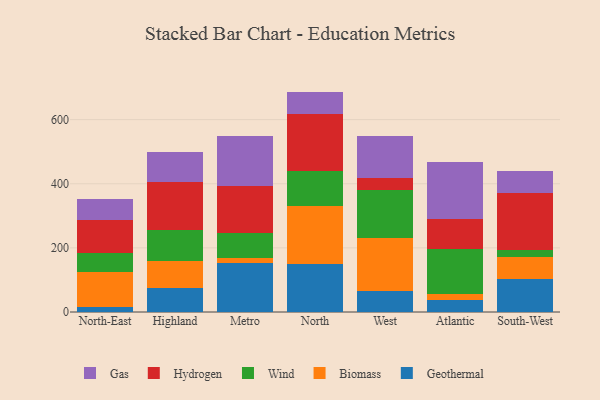
{"axis": {"x": "Region", "y": "Shipments"}, "legend": ["Biomass", "Gas", "Geothermal", "Hydrogen", "Wind"], "data": [{"x": "North-East", "y": 15.2, "type": "Geothermal"}, {"x": "North-East", "y": 110.0, "type": "Biomass"}, {"x": "North-East", "y": 57.6, "type": "Wind"}, {"x": "North-East", "y": 104.4, "type": "Hydrogen"}, {"x": "North-East", "y": 65.2, "type": "Gas"}, {"x": "Highland", "y": 74.3, "type": "Geothermal"}, {"x": "Highland", "y": 84.2, "type": "Biomass"}, {"x": "Highland", "y": 97.8, "type": "Wind"}, {"x": "Highland", "y": 149.6, "type": "Hydrogen"}, {"x": "Highland", "y": 94.3, "type": "Gas"}, {"x": "Metro", "y": 153.0, "type": "Geothermal"}, {"x": "Metro", "y": 14.7, "type": "Biomass"}, {"x": "Metro", "y": 77.5, "type": "Wind"}, {"x": "Metro", "y": 146.4, "type": "Hydrogen"}, {"x": "Metro", "y": 157.8, "type": "Gas"}, {"x": "North", "y": 150.3, "type": "Geothermal"}, {"x": "North", "y": 179.8, "type": "Biomass"}, {"x": "North", "y": 111.0, "type": "Wind"}, {"x": "North", "y": 175.2, "type": "Hydrogen"}, {"x": "North", "y": 71.1, "type": "Gas"}, {"x": "West", "y": 66.0, "type": "Geothermal"}, {"x": "West", "y": 163.8, "type": "Biomass"}, {"x": "West", "y": 150.8, "type": "Wind"}, {"x": "West", "y": 37.5, "type": "Hydrogen"}, {"x": "West", "y": 129.3, "type": "Gas"}, {"x": "Atlantic", "y": 36.6, "type": "Geothermal"}, {"x": "Atlantic", "y": 19.6, "type": "Biomass"}, {"x": "Atlantic", "y": 140.9, "type": "Wind"}, {"x": "Atlantic", "y": 93.8, "type": "Hydrogen"}, {"x": "Atlantic", "y": 177.2, "type": "Gas"}, {"x": "South-West", "y": 103.3, "type": "Geothermal"}, {"x": "South-West", "y": 66.8, "type": "Biomass"}, {"x": "South-West", "y": 23.6, "type": "Wind"}, {"x": "South-West", "y": 177.1, "type": "Hydrogen"}, {"x": "South-West", "y": 69.4, "type": "Gas"}]}